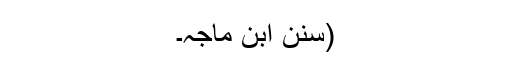
(سنن ابن ماجہ۔